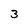
Character: 3